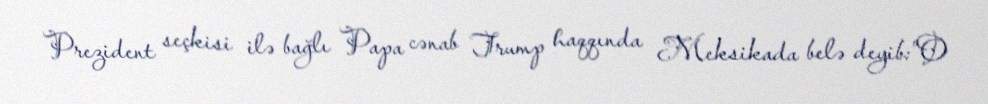
Prezident seçkisi ilə bağlı Papa cənab Trump haqqında Meksikada belə deyib:”O